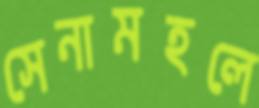
সেনামহলে